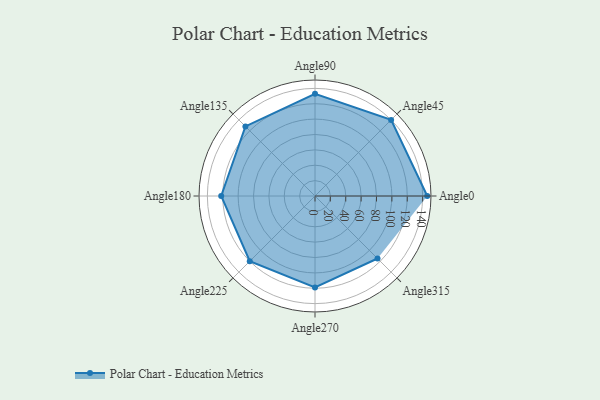
{"axis": {"x": "Angle", "y": "Radius"}, "legend": [""], "data": [{"x": "Angle0", "y": 146.0, "type": ""}, {"x": "Angle45", "y": 140.0, "type": ""}, {"x": "Angle90", "y": 133.0, "type": ""}, {"x": "Angle135", "y": 128.0, "type": ""}, {"x": "Angle180", "y": 122.0, "type": ""}, {"x": "Angle225", "y": 120.0, "type": ""}, {"x": "Angle270", "y": 119.0, "type": ""}, {"x": "Angle315", "y": 115.0, "type": ""}]}